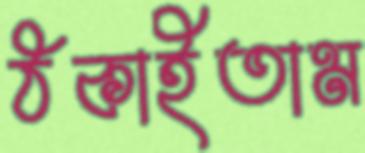
ঠকাইতাম